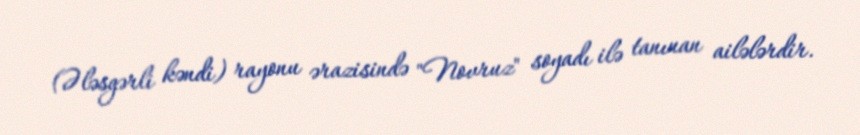
(Ələsgərli kəndi) rayonu ərazisində "Novruz" soyadı ilə tanınan ailələrdir.